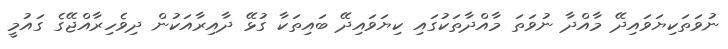
ނުވަތަކިޔަވައިދޭ މާއްދާ ނުވަތަ މާއްދާތަކުގައި ކިޔަވައިދޭ ބައިތަކާ ގުޅޭ ދާއިރާއަކުން ދިވެހިރާއްޖޭގެ ގައުމީ